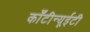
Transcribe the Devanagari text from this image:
काँटीन्यूईटी